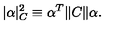
| \alpha | _ { C } ^ { 2 } \equiv \alpha ^ { T } \| C \| \alpha .